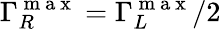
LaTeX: \Gamma_{R}^{\mathrm{~m~a~x~}}=\Gamma_{L}^{\mathrm{~m~a~x~}}/2